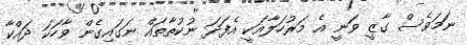
ނަމަވެސް ގާޒީ ވަނީ އެ މަރުހަލާއަކީ އެފަދަ ނުކުތާތައް ނަގައިގެން ވާހަކަ ދައްކާ